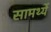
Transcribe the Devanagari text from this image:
सामर्थ्ये